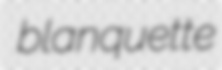
blanquette